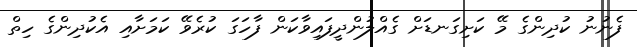
ފެނުނު ކުދިންގެ މޭ ކަށިގަނޑަށް ގެއްލުންދީފައިވާކަން ފާހަގަ ކުރެވޭ ކަމަށާއި އެކުދިންގެ ހިތް